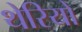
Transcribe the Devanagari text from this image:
थेरियो